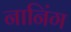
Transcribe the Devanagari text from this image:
नानिंग